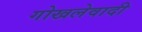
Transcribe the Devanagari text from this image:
गोखलेवादी